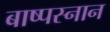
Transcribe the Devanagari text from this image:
बाष्पस्नान